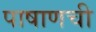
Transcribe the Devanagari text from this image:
पाषाणची